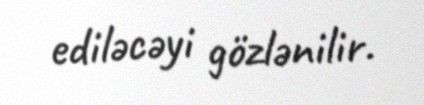
ediləcəyi gözlənilir.